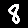
Digit: 8